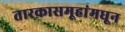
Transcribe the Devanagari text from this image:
तारकासमूहांमधून